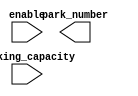
/*--  *******************************************************
--  Computer Architecture Course, Laboratory Sources 
--  Amirkabir University of Technology (Tehran Polytechnic)
--  Department of Computer Engineering (CE-AUT)
--  https://ce[dot]aut[dot]ac[dot]ir
--  *******************************************************
--  All Rights reserved (C) 2021-2022
--  *******************************************************
--  Student ID  : 
--  Student Name: 
--  Student Mail: 
--  *******************************************************
--  Additional Comments:
--
--*/

/*-----------------------------------------------------------
---  Module Name: park_space_number 
-----------------------------------------------------------*/
`timescale 1 ns/1 ns
module park_space_number(
 enable,
 parking_capacity,
 park_number);
input enable;
input [7:0] parking_capacity;
output [2:0] park_number;
 // write your code here, please.
endmodule